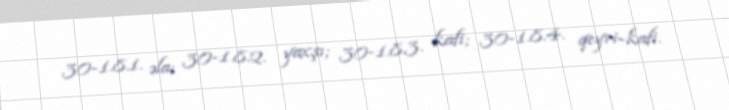
30-1.8.1. əla; 30-1.8.2. yaxşı; 30-1.8.3. kafi; 30-1.8.4. qeyri-kafi.